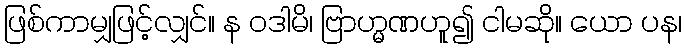
ဖြစ်ကာမျှဖြင့်လျှင်။ န ဝဒါမိ၊ ဗြာဟ္မဏဟူ၍ ငါမဆို။ ယော ပန၊